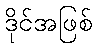
ဒိုင်အဖြစ်